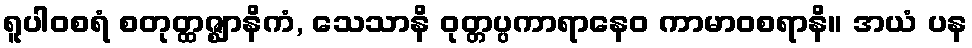
ရူပါဝစရံ စတုတ္ထဇ္ဈာနိကံ, သေသာနိ ဝုတ္တပ္ပကာရာနေဝ ကာမာဝစရာနိ။ အယံ ပန